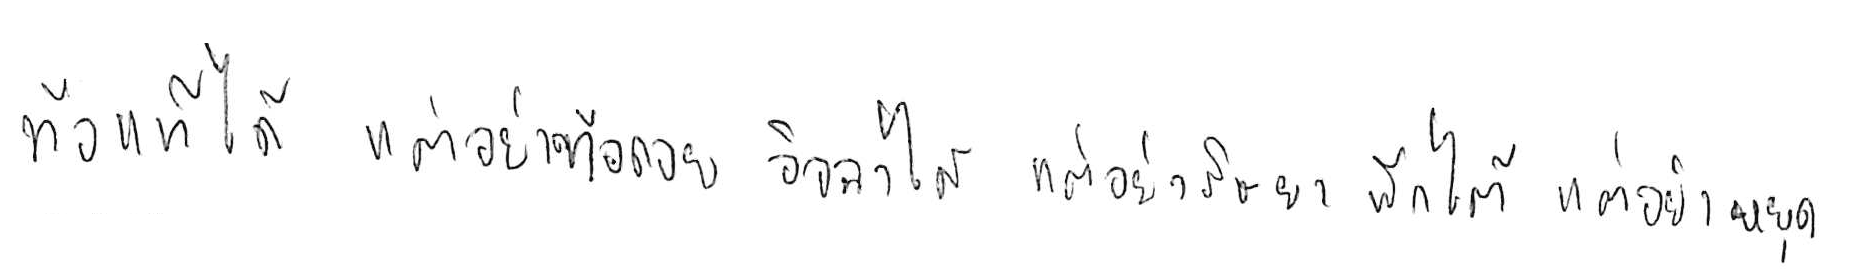
ท้อแท้ได้ แต่อย่าท้อถอย อิจฉาได้ แต่อย่าริษยา พักได้ แต่อย่าหยุด